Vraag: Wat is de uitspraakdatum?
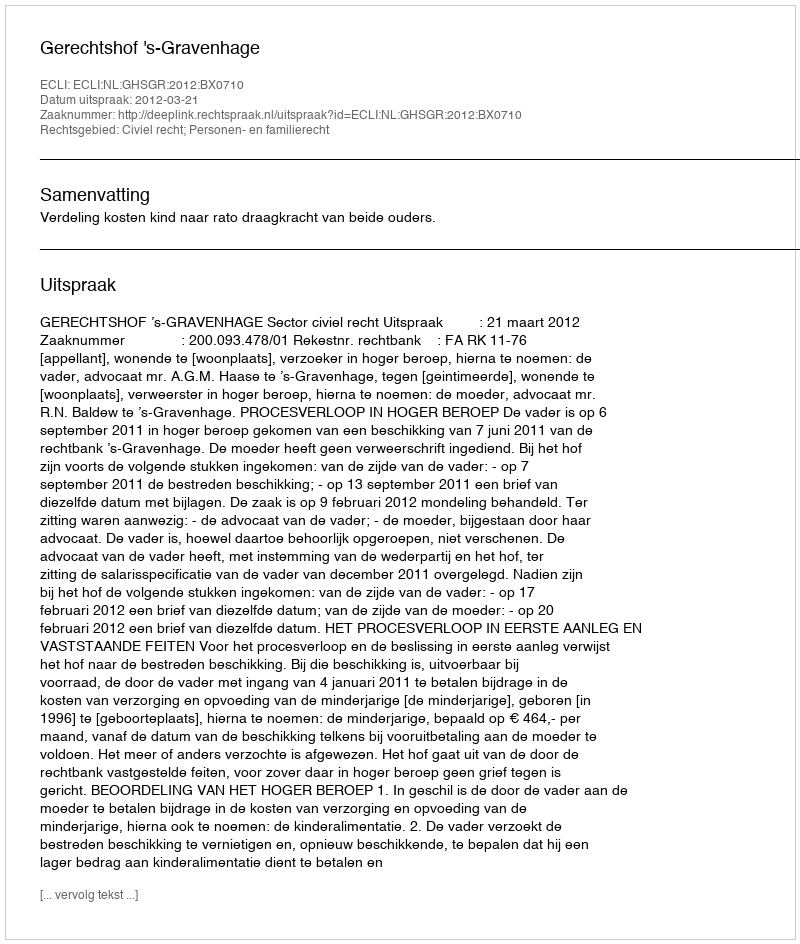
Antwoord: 2012-03-21